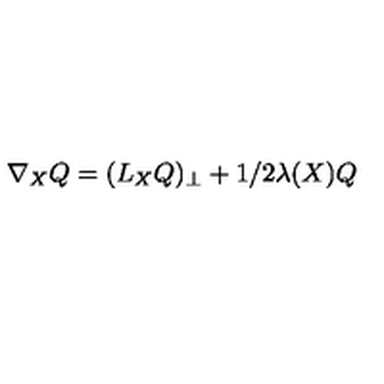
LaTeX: \nabla _ { X } Q = ( L _ { X } Q ) _ { \perp } + 1 / 2 \lambda ( X ) Q